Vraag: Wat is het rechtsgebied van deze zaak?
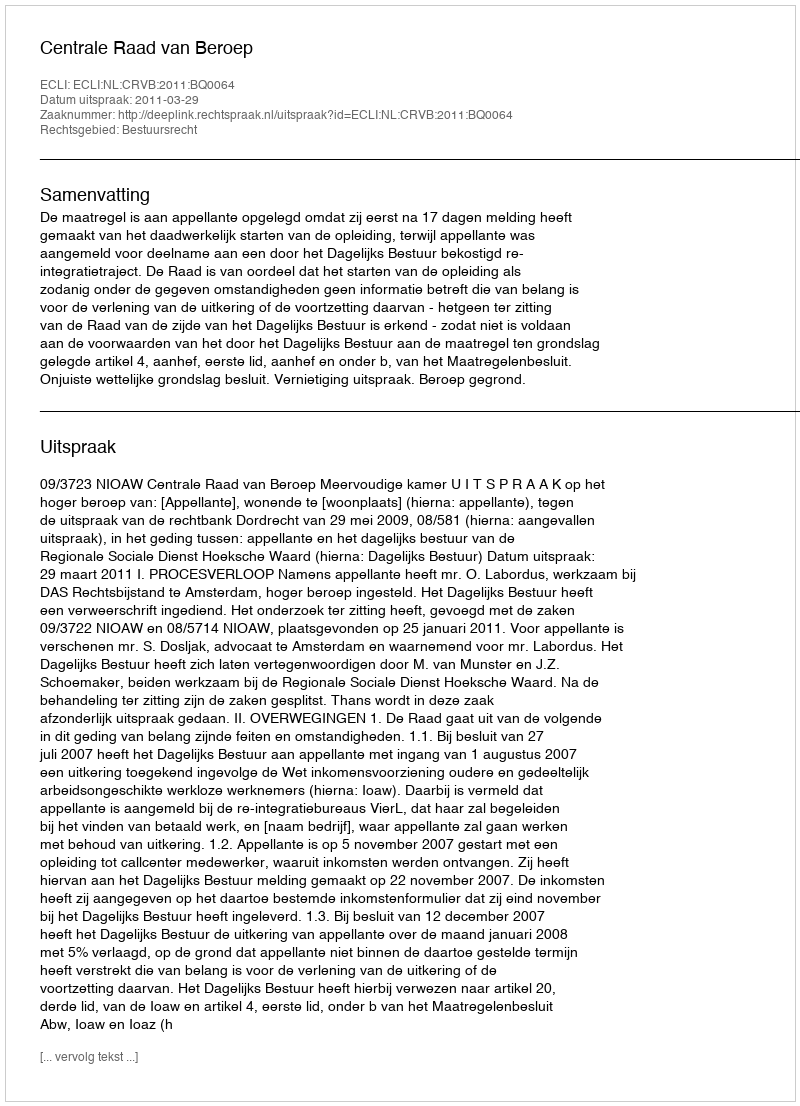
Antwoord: Bestuursrecht